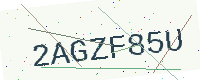
Text: 2AGZF85U